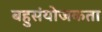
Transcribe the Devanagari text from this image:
बहुसंयोजकता